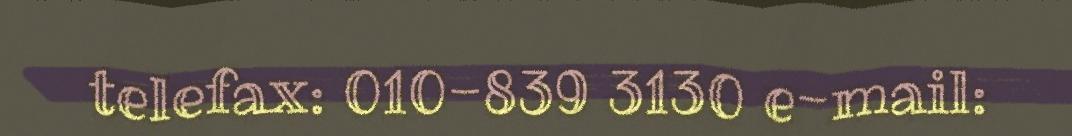
telefax: 010-839 3130 e-mail: